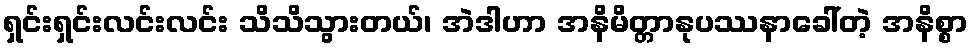
ရှင်းရှင်းလင်းလင်း သိသိသွားတယ်၊ အဲဒါဟာ အနိမိတ္တာနုပဿနာခေါ်တဲ့ အနိစ္စာ